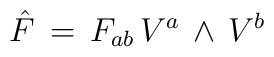
{\hat F}\, = \, F_{ab} \, V^{a} \, \wedge \, V^{b}